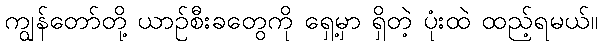
ကျွန်တော်တို့ ယာဉ်စီးခတွေကို ရှေ့မှာ ရှိတဲ့ ပုံးထဲ ထည့်ရမယ်။